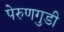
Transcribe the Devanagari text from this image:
पेरुणगुडी